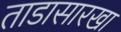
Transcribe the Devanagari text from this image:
ताडासारखा